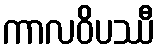
ကာလဝိပဿီ